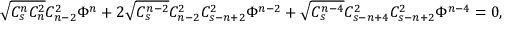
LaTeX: \sqrt { C _ { s } ^ { n } C _ { n } ^ { 2 } } C _ { n - 2 } ^ { 2 } \Phi ^ { n } + 2 \sqrt { C _ { s } ^ { n - 2 } } C _ { n - 2 } ^ { 2 } C _ { s - n + 2 } ^ { 2 } \Phi ^ { n - 2 } + \sqrt { C _ { s } ^ { n - 4 } } C _ { s - n + 4 } ^ { 2 } C _ { s - n + 2 } ^ { 2 } \Phi ^ { n - 4 } = 0 ,